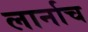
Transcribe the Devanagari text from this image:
लार्नाच